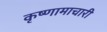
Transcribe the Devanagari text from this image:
कृष्णामाचारी